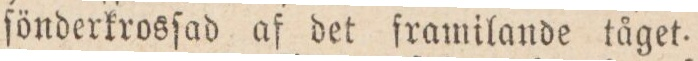
fönderkrosſad af det ſramilande tåget.